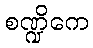
စဏ္ဍိကေ